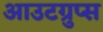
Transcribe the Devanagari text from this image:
आउटग्रुप्स